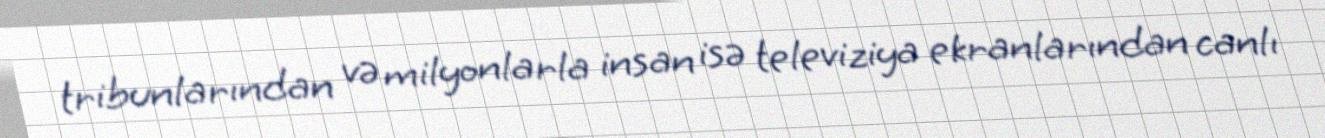
tribunlarından və milyonlarla insan isə televiziya ekranlarından canlı